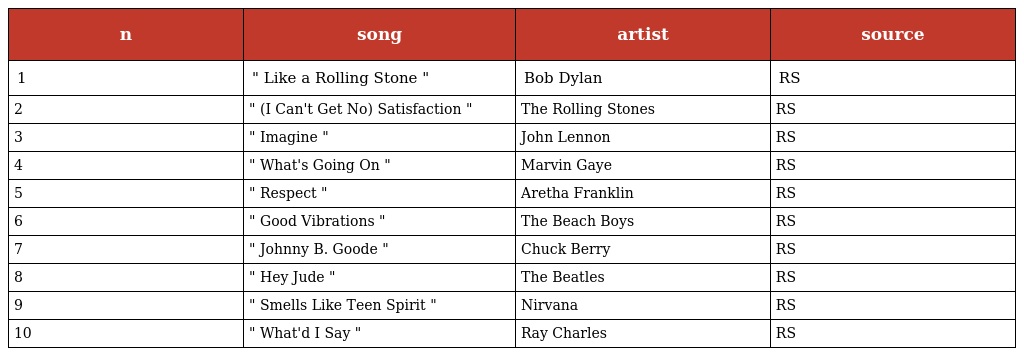
| n | song | artist | source |
 | --- | --- | --- | --- |
 | 1 | " Like a Rolling Stone " | Bob Dylan | RS |
 | 2 | " (I Can't Get No) Satisfaction " | The Rolling Stones | RS |
 | 3 | " Imagine " | John Lennon | RS |
 | 4 | " What's Going On " | Marvin Gaye | RS |
 | 5 | " Respect " | Aretha Franklin | RS |
 | 6 | " Good Vibrations " | The Beach Boys | RS |
 | 7 | " Johnny B. Goode " | Chuck Berry | RS |
 | 8 | " Hey Jude " | The Beatles | RS |
 | 9 | " Smells Like Teen Spirit " | Nirvana | RS |
 | 10 | " What'd I Say " | Ray Charles | RS |